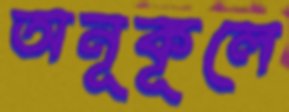
অনূকূলে